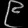
Digit: ၉